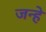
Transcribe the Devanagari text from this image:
जन्हे